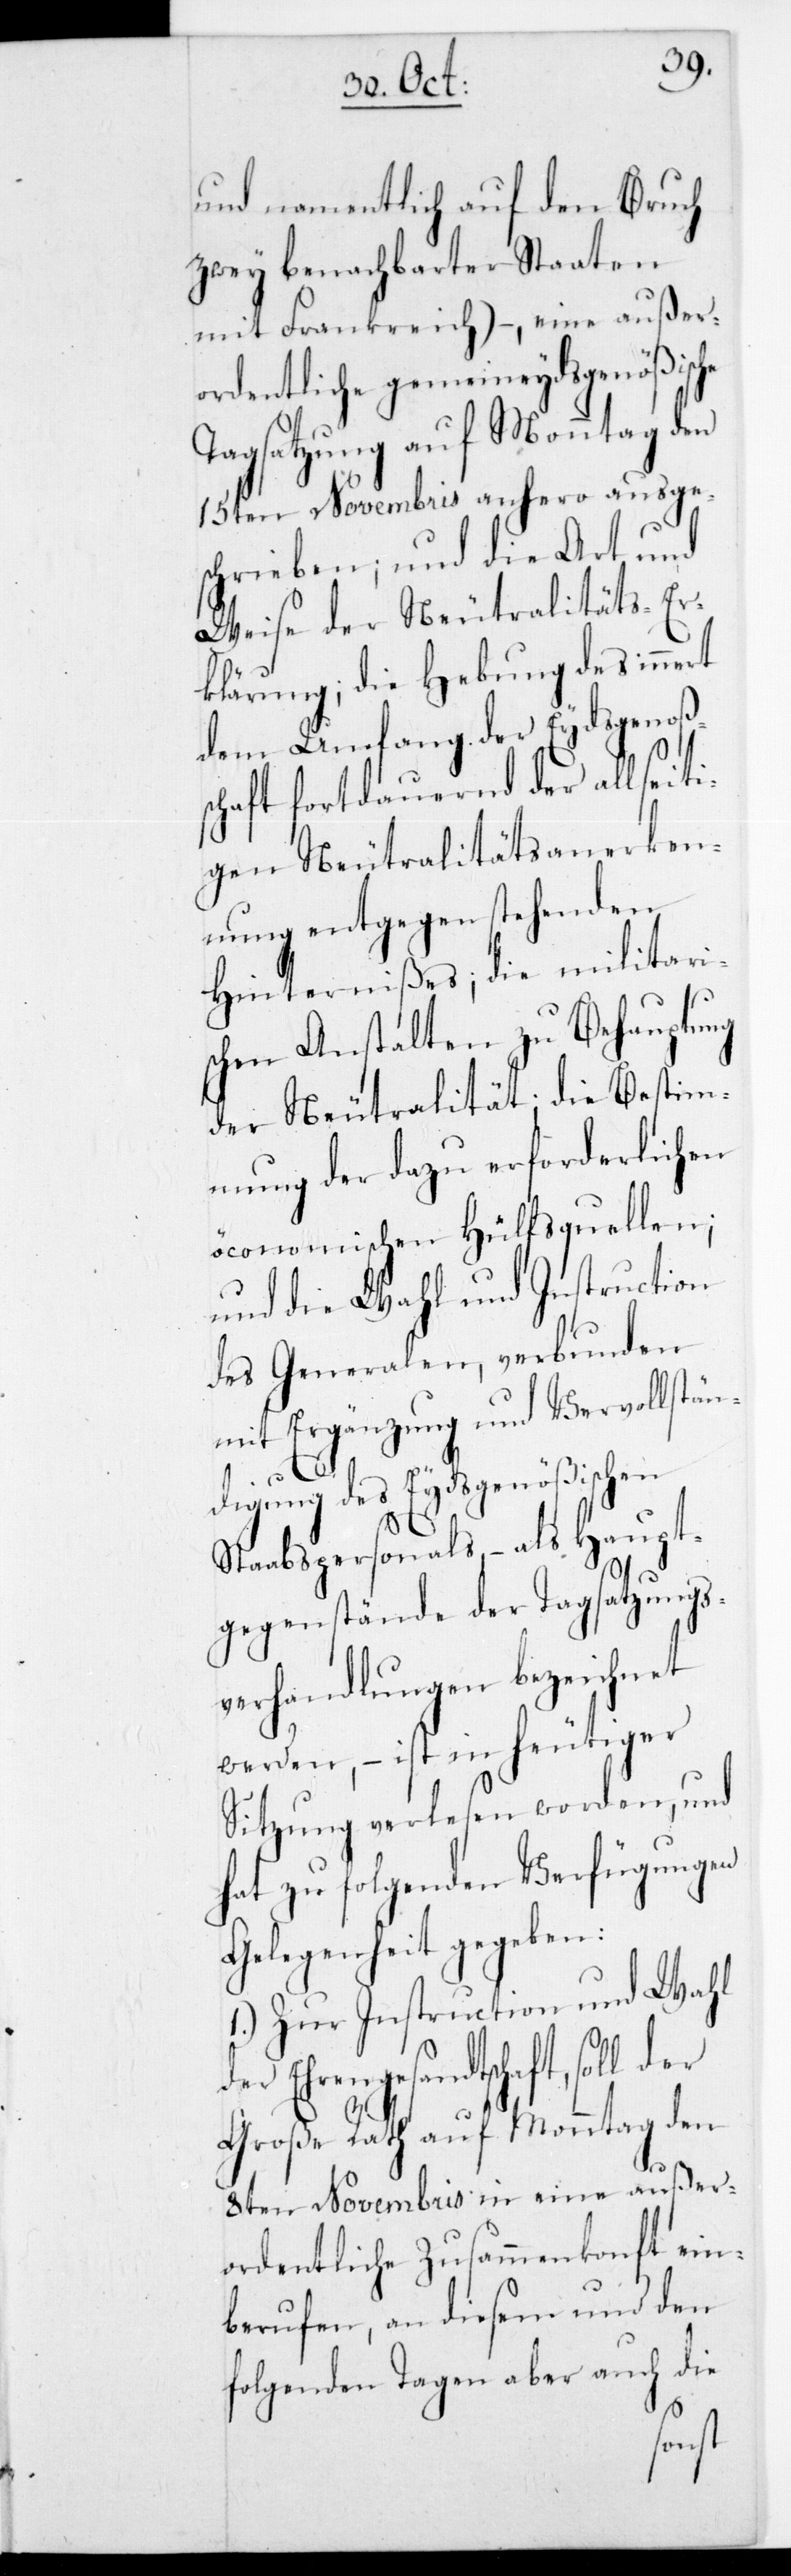
und namentlich auf den Bruch
zwey benachbarter Staaten
mit Frankreich), – eine außer¬
ordentliche gemeineydsgenößische
Tagsatzung auf Monntag den
15ten Novembris anhero ausge¬
schrieben; und die Art und
Weise der Neutralitäts-Er¬
klärung; die Hebung des innert
dem Umfang der Eydsgenoß¬
chaft fortdauernd der allseiti¬
gen Neutralitätsanerken¬
nung entgegen stehenden
Hinternißes; die militari¬
schen Anstalten zu Behauptung
der Neutralität; die Bestim¬
mung der dazu erforderlichen
öconomischen Hülfsquellen;
und die Wahl und Instruction
des Generalen, verbunden
mit Ergänzung und Vervollstän¬
digung des Eydsgenößischen
Stabspersonals, – als Haupt¬
gegenstände der Tagsatzungs¬
verhandlungen bezeichnet
werden, – ist in heutiger
Sitzung verlesen worden, und
hat zu folgenden Verfügungen
Gelegenheit gegeben:
1.) Zur Instruction und Wahl
der Ehrengesandtschaft, soll der
Große Rath auf Monntag den
8ten Novembris in eine außer¬
ordentliche Zusammenkonft ein¬
berufen, an diesem und den
folgenden Tagen aber auch die
ens¬